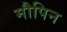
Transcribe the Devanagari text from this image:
मौपिन